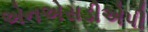
એનએસડીએપી